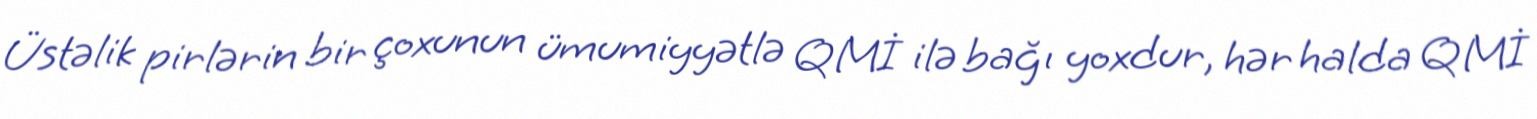
Üstəlik pirlərin bir çoxunun ümumiyyətlə QMİ ilə bağı yoxdur, hər halda QMİ